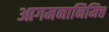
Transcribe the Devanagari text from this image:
आगमनानिमित्त